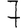
Digit: 7